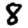
Digit: 8